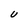
Character: U